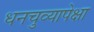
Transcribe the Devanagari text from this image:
धनचुव्यापेक्षा